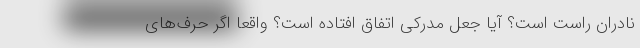
نادران راست است؟ آیا جعل مدرکی اتفاق افتاده است؟ واقعا اگر حرف‌های